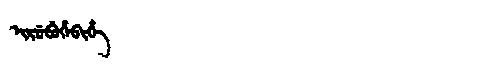
Manchu: ᡳᡵᡠᠪᡠᡥᡝᠪᡳᡥᡝ
Romanization: IRUBUHEBIHE